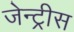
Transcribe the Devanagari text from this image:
जेन्ट्रीस